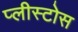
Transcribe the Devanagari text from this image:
प्लीस्टोस